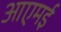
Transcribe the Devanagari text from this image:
आएमई